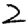
Digit: 2